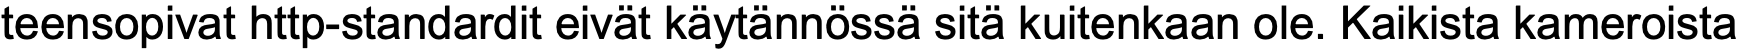
teensopivat http-standardit eivät käytännössä sitä kuitenkaan ole. Kaikista kameroista